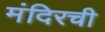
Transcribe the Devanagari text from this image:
मंदिरची